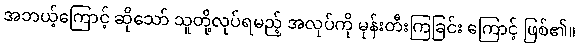
အဘယ့်ကြောင့် ဆိုသော် သူတို့လုပ်ရမည့် အလုပ်ကို မုန်းတီးကြခြင်း ကြောင့် ဖြစ်၏။